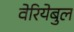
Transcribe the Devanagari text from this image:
वेरियेबुल